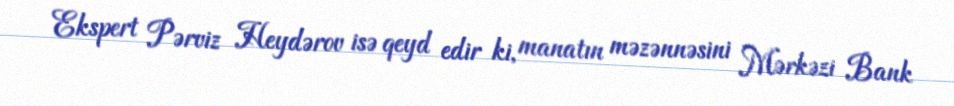
Ekspert Pərviz Heydərov isə qeyd edir ki, manatın məzənnəsini Mərkəzi Bank